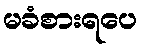
မခံစားရပေ